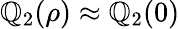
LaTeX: \mathbb{Q}_{2}(\rho)\approx\mathbb{Q}_{2}(0)